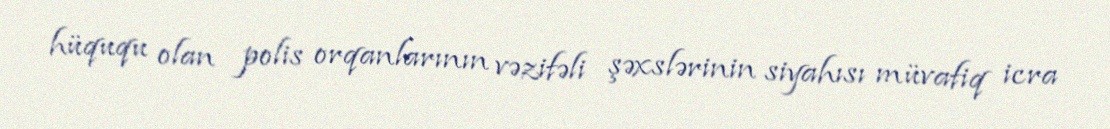
hüququ olan polis orqanlarının vəzifəli şəxslərinin siyahısı müvafiq icra